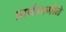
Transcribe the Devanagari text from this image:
प्रार्थनागीते